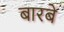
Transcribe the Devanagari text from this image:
बारबे